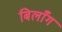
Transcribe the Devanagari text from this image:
बिलाँग